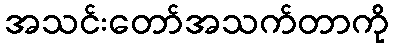
အသင်းတော်အသက်တာကို